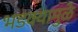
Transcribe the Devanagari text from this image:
भडक्यामुळे